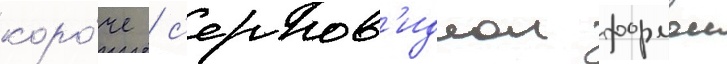
коро́че / с'ерпов'иднои формои